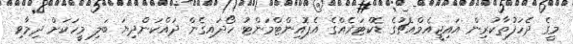
މީގެ ދެހަފުތާކުރިން އައިޖީއެމްއެޗުގެ ޑޮކްޓަރެއްގެ އެޕޮއިންޓްމަންޓު ހޯދައިގެން ދައްކަންދިޔަ ބަލި މީހަކަށް ދިމާވި